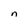
Character: n